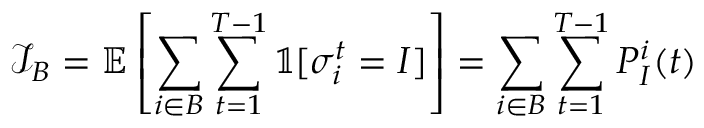
\mathcal { I } _ { B } = \mathbb { E } \left[ \sum _ { i \in B } \sum _ { t = 1 } ^ { T - 1 } \mathbb { 1 } [ \sigma _ { i } ^ { t } = I ] \right] = \sum _ { i \in B } \sum _ { t = 1 } ^ { T - 1 } P _ { I } ^ { i } ( t )